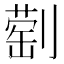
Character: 𫦕